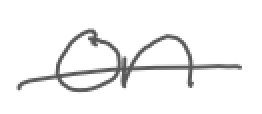
Text: on
Cross-out: single-line
Writing tool: digital_gray